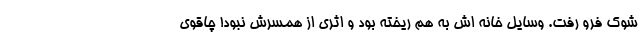
شوک فرو رفت. وسایل خانه اش به هم ریخته بود و اثری از همسرش نبود! چاقوی